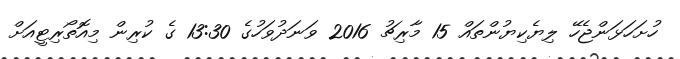
ހުށަހަޅަންޖެހޭ ލިޔެކިޔުންތައް 15 މާރިޗު 2016 ވަނަދުވަހުގެ 13:30 ގެ ކުރިން މިއޮތޯރިޓީއަށް